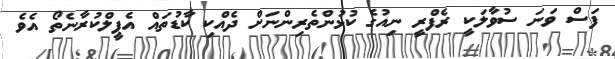
ފަސް ވަނަ ސުވާލަކީ ރެފްރީ ނިއުގެ ކުޅުންތެރިންނަށް ދެއްކި ކާޑުތައް އެޕީލްކުރާނެތޯ އެވެ